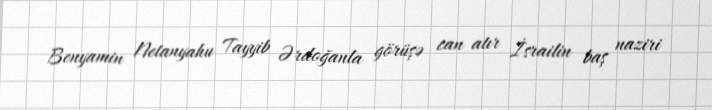
Benyamin Netanyahu Tayyib Ərdoğanla görüşə can atır İsrailin baş naziri